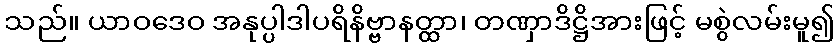
သည်။ ယာဝဒေဝ အနုပ္ပါဒါပရိနိဗ္ဗာနတ္ထာ၊ တဏှာဒိဋ္ဌိအားဖြင့် မစွဲလမ်းမူ၍